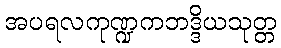
အပရလကုဏ္ဍကဘဒ္ဒိယသုတ္တ